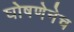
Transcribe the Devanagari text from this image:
घोषणेनेच